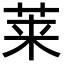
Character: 莱